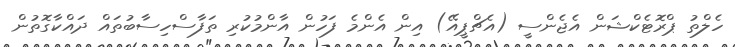
ހެލްތު ޕްރޮޓެކްޝަން އެޖެންސީ (އެޗްޕީއޭ) އިން އެންމެ ފަހުން އާންމުކުރި ތަފާސްހިސާބުތައް ދައްކާގޮތުން